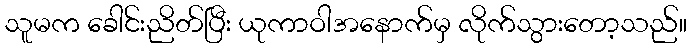
သူမက ခေါင်းညိတ်ပြီး ယုကာဝါအနောက်မှ လိုက်သွားတော့သည်။